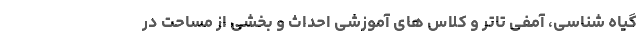
گیاه شناسی، آمفی تاتر و کلاس های آموزشی احداث و بخشی از مساحت در